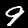
Label: 9